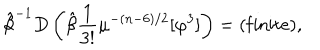
\hat { \beta } ^ { - 1 } D \left( \hat { \beta } { \frac { 1 } { 3 ! } } \mu ^ { - ( n - 6 ) / 2 } [ \varphi ^ { 3 } ] \right) = ( \mathrm { f i n i t e } ) ,